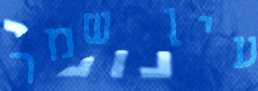
עין שמר